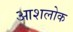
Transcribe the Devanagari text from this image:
आशलोक